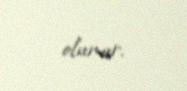
olunur.